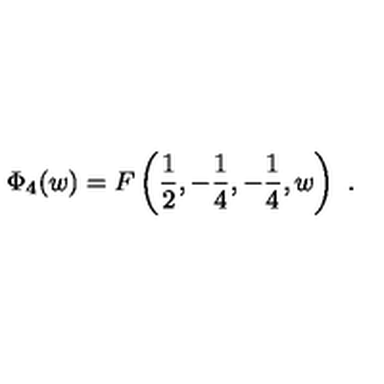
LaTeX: \Phi _ { 4 } ( w ) = F \left( \frac 1 2 , - \frac 1 4 , - \frac 1 4 , w \right) \ .